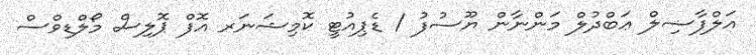
އަލްފާޟިލް ޢަބްދުލް މަންނާން ޔޫސުފު / ޑެޕިއުޓީ ކޮމިޝަނަރ އޮފް ޕޮލިސް މޯލްޑިވްސް